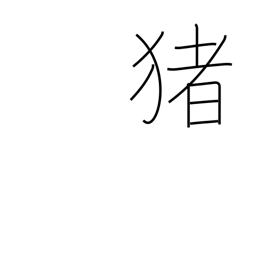
Meaning: boar